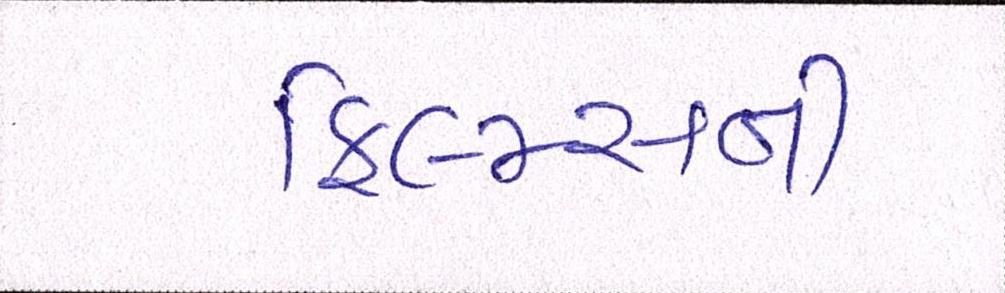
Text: ફિલ્મ્સની